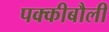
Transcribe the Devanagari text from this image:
पक्कीबौली